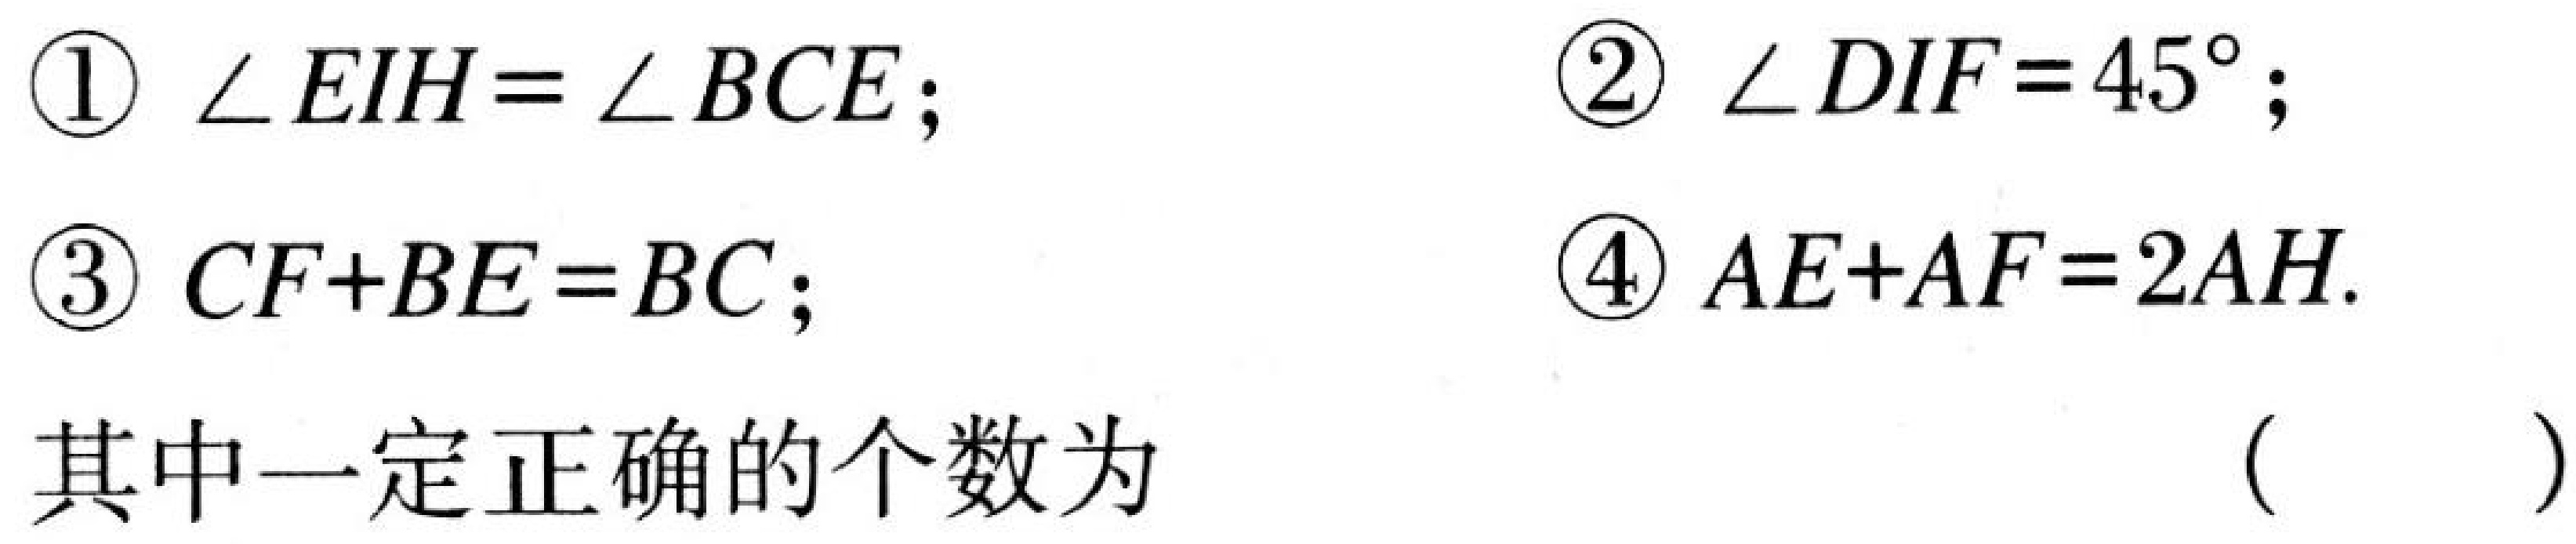
\begin{enumerate}
\item \(\angle EIH=\angle BCE\);
\item \(\angle DIF = 45^{\circ}\);
\item \(CF + BE=BC\);
\item \(AE + AF = 2AH\).
\end{enumerate}
其中一定正确的个数为 （  ）